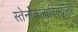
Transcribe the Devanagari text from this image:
स्तेर्नोकलाविक्यूलर